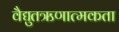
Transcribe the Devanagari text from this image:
वैद्युतऋणात्मकता